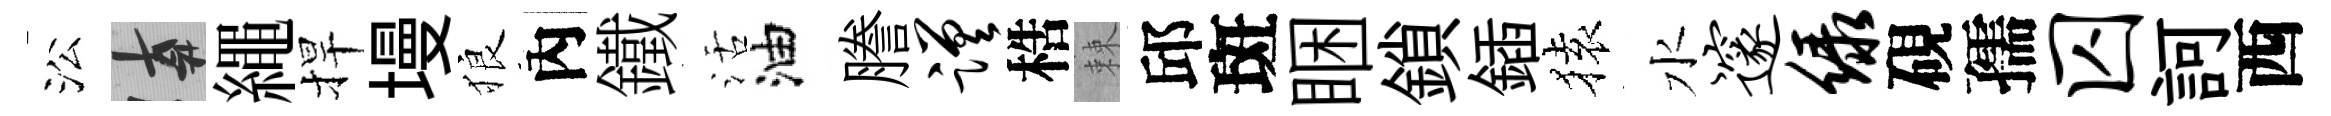
㳂遲繩捍墁狼內鐵活油謄蹉梏棘邱斑睏鎖鍤𫞤水邃绿硯孺囚訶西